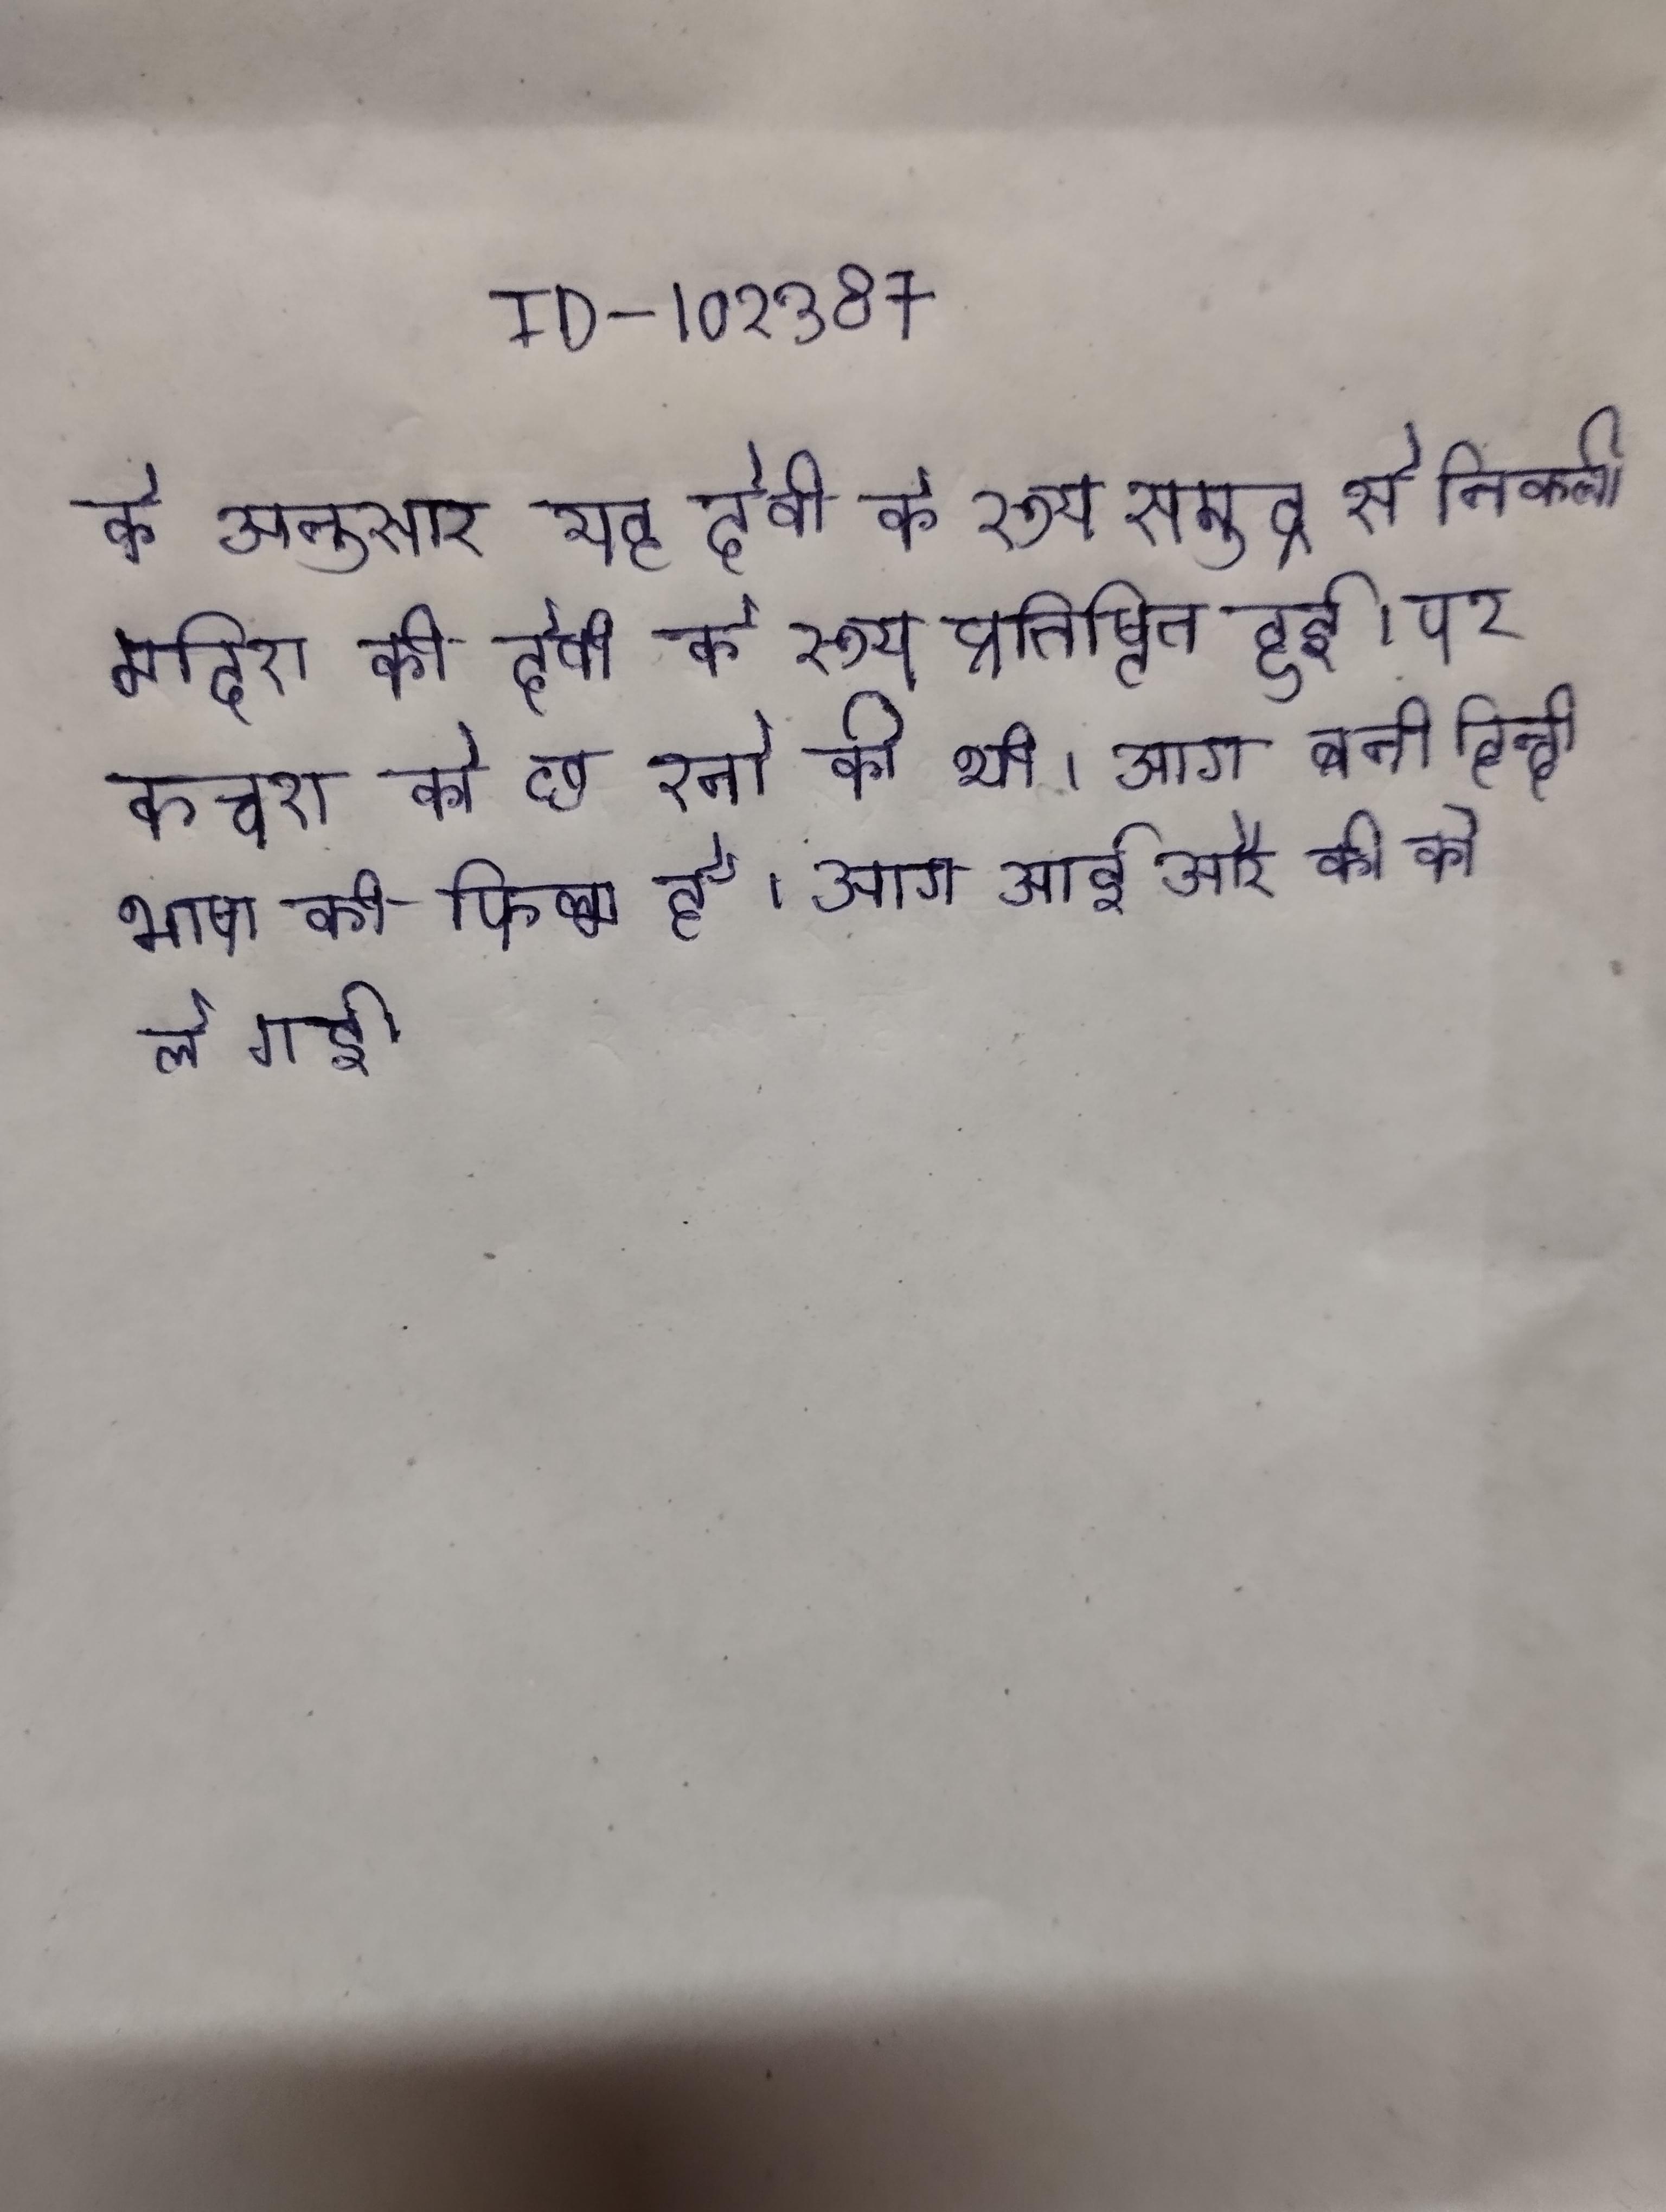
के अनुसार यह देवी के रूप समुद्र से निकली मदिरा की देवी के रूप प्रतिष्ठित हुई । पर कचरा को छ रनो की थी । आग बनी हिन्दी भाषा की फिल्म है । आग आई और की को ले गई ।